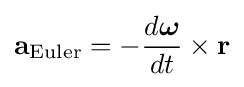
\mathbf {a} _{\mathrm {Euler} }=-{\frac {d{\boldsymbol {\omega }}}{dt}}\times \mathbf {r}